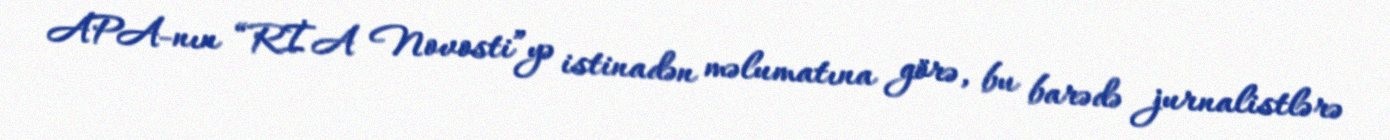
APA-nın “RİA Novosti”yə istinadən məlumatına görə, bu barədə jurnalistlərə